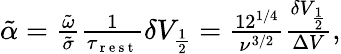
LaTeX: \begin{array}{r}{\tilde{\alpha}=\frac{\tilde{\omega}}{\tilde{\sigma}}\frac{1}{\tau_{\mathrm{~r~e~s~t~}}}\delta V_{\frac{1}{2}}=\frac{12^{1/4}}{\nu^{3/2}}\frac{\delta V_{\frac{1}{2}}}{\Delta V},}\end{array}